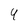
Character: 4